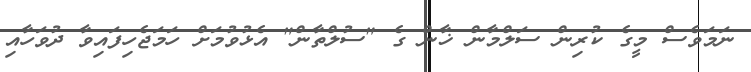
ނަމަވެސް މީގެ ކުރިން ސަލްމާން ޚާން ގެ "ސުލްތާން" އެޅުވުމަށް ހަމަޖެހިފައިވާ ދުވަހާއި